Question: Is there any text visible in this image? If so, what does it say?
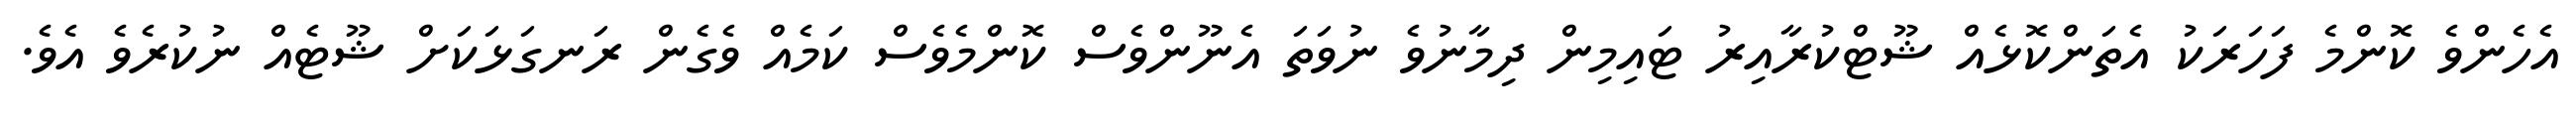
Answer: އެހެންވެ ކޮންމެ ފަހަރަކު އެތަންކޮޅެއް ޝޫޓްކުރާއިރު ޓައިމިން ދިމާނުވެ ނުވަތަ އެނޫންވެސް ކޮންމެވެސް ކަމެއް ވެގެން ރަނގަޅަކަށް ޝޫޓެއް ނުކުރެވެ އެވެ.